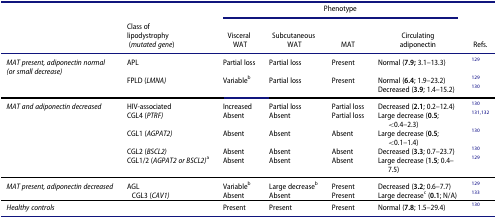
<table><thead><tr><td colspan="2"><b> </b></td><td colspan="4"><b>Phenotype</b></td><td><b> </b></td></tr><tr><td><b> </b></td><td><b>Class of lipodystrophy (<i>mutated gene</i>)</b></td><td><b>Visceral WAT</b></td><td><b>Subcutaneous WAT</b></td><td><b>MAT</b></td><td><b>Circulating adiponectin</b></td><td><b>Refs.</b></td></tr></thead><tbody><tr><td><i>MAT present, adiponectin normal (or small decrease)</i></td><td>APL</td><td>Partial loss</td><td>Partial loss</td><td>Present</td><td>Normal (<b>7.9;</b> 3.1–13.3)</td><td><sup>129</sup></td></tr><tr><td> </td><td>FPLD (<i>LMNA)</i></td><td rowspan="2">Variable<sup>b</sup></td><td>Partial loss</td><td>Present</td><td>Normal (<b>6.4</b>; 1.9–23.2)</td><td><sup>129</sup></td></tr><tr><td> </td><td> </td><td> </td><td> </td><td>Decreased (<b>3.9</b>; 1.4–15.2)</td><td><sup>130</sup></td></tr><tr><td><i>MAT and adiponectin decreased</i></td><td>HIV-associated</td><td>Increased</td><td>Partial loss</td><td>Partial loss</td><td>Decreased (<b>2.1</b>; 0.2–12.4)</td><td><sup>130</sup></td></tr><tr><td> </td><td>CGL4 (<i>PTRF)</i></td><td>Absent</td><td>Absent</td><td>Partial loss</td><td>Large decrease (<b>0.5</b>; &lt;0.4–2.3)</td><td><sup>131,132</sup></td></tr><tr><td> </td><td>CGL1 (<i>AGPAT2)</i></td><td>Absent</td><td>Absent</td><td>Absent</td><td>Large decrease (<b>0.5</b>; &lt;0.1–1.4)</td><td><sup>130</sup></td></tr><tr><td> </td><td>CGL2 (<i>BSCL2)</i></td><td>Absent</td><td>Absent</td><td>Absent</td><td>Decreased (<b>3.3</b>; 0.7–23.7)</td><td><sup>130</sup></td></tr><tr><td> </td><td>CGL1/2 (<i>AGPAT2 or BSCL2)</i><sup>a</sup></td><td>Absent</td><td>Absent</td><td>Absent</td><td>Large decrease (<b>1.5</b>; 0.4–7.5)</td><td><sup>129</sup></td></tr><tr><td rowspan="2"><i>MAT present, adiponectin decreased</i></td><td>AGL</td><td>Variable<sup>b</sup></td><td>Large decrease<sup>b</sup></td><td>Present</td><td>Decreased (<b>3.2</b>; 0.6–7.7)</td><td><sup>129</sup></td></tr><tr><td>CGL3 (<i>CAV1)</i></td><td>Absent</td><td>Absent</td><td>Present</td><td>Large decrease<sup>c</sup> (<b>0.1</b>; N/A)</td><td><sup>133</sup></td></tr><tr><td><i>Healthy controls</i></td><td> </td><td>Present</td><td>Present</td><td>Present</td><td>Normal (<b>7.8</b>; 1.5–29.4)</td><td><sup>130</sup></td></tr></tbody></table>